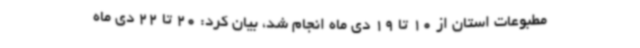
مطبوعات استان از 10 تا 19 دی ماه انجام شد، بیان کرد: 20 تا 22 دی ماه